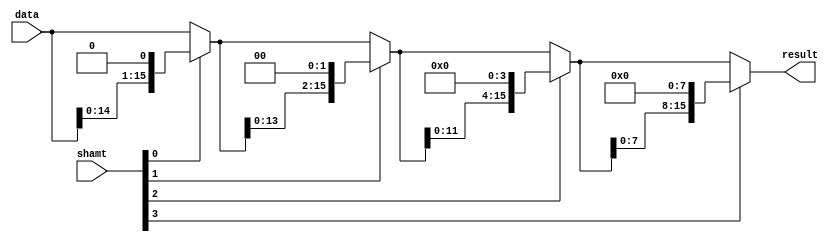
`timescale 1ns / 1ps
//////////////////////////////////////////////////////////////////////////////////
// Company: 
// Engineer: 
// 
// Design Name: 
// Module Name: barrelShifterSLL
// Project Name: 
// Target Devices: 
// Tool Versions: 
// Description: 
// 
// Dependencies: 
// 
// Revision:
// Revision 0.01 - File Created
// Additional Comments:
// 
//////////////////////////////////////////////////////////////////////////////////


module barrelShifterSLL(
  input [15:0] data, 
  input [3:0] shamt, 
  output reg [15:0] result

);


    wire [15:0] stage1, stage2, stage3, stage4;


    assign stage1 = shamt[0] ? {data[14:0], 1'b0} : data;
    assign stage2 = shamt[1] ? {stage1[13:0], 2'b00} : stage1;
    assign stage3 = shamt[2] ? {stage2[11:0], 4'b0000} : stage2;
    assign stage4 = shamt[3] ? {stage3[7:0], 8'b00000000} : stage3;

    always @* begin
        result = stage4;
    end

endmodule